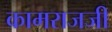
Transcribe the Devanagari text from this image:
कामराजजी